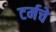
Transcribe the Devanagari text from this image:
टर्मचे